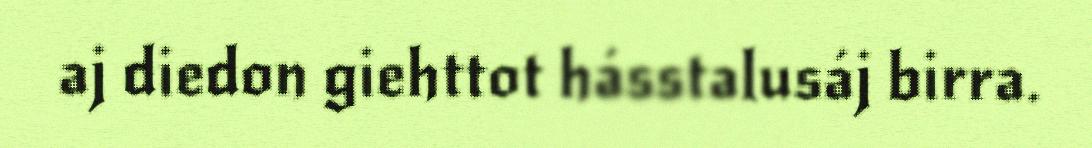
aj diedon giehttot hásstalusáj birra.